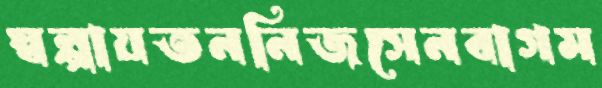
স্বল্পায়তননিজসেনবাগম